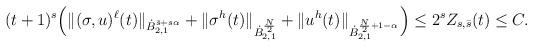
LaTeX: \begin{align*} (t+1)^s\Big(\Vert (\sigma,u)^\ell(t)\Vert_{\dot{B}^{\bar{s}+s\alpha}_{2,1}}+\Vert \sigma^h(t)\Vert_{ \dot{B}^{\frac{N}{2}}_{2,1}} +\Vert u^h(t)\Vert_{\dot{B}^{\frac{N}{2}+1-\alpha}_{2,1}}\Big) \le 2^s Z_{s,\bar{s}}(t)\le C.\end{align*}